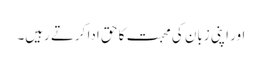
اور اپنی زبان کی محبت کا حق ادا کرتے رہیں۔